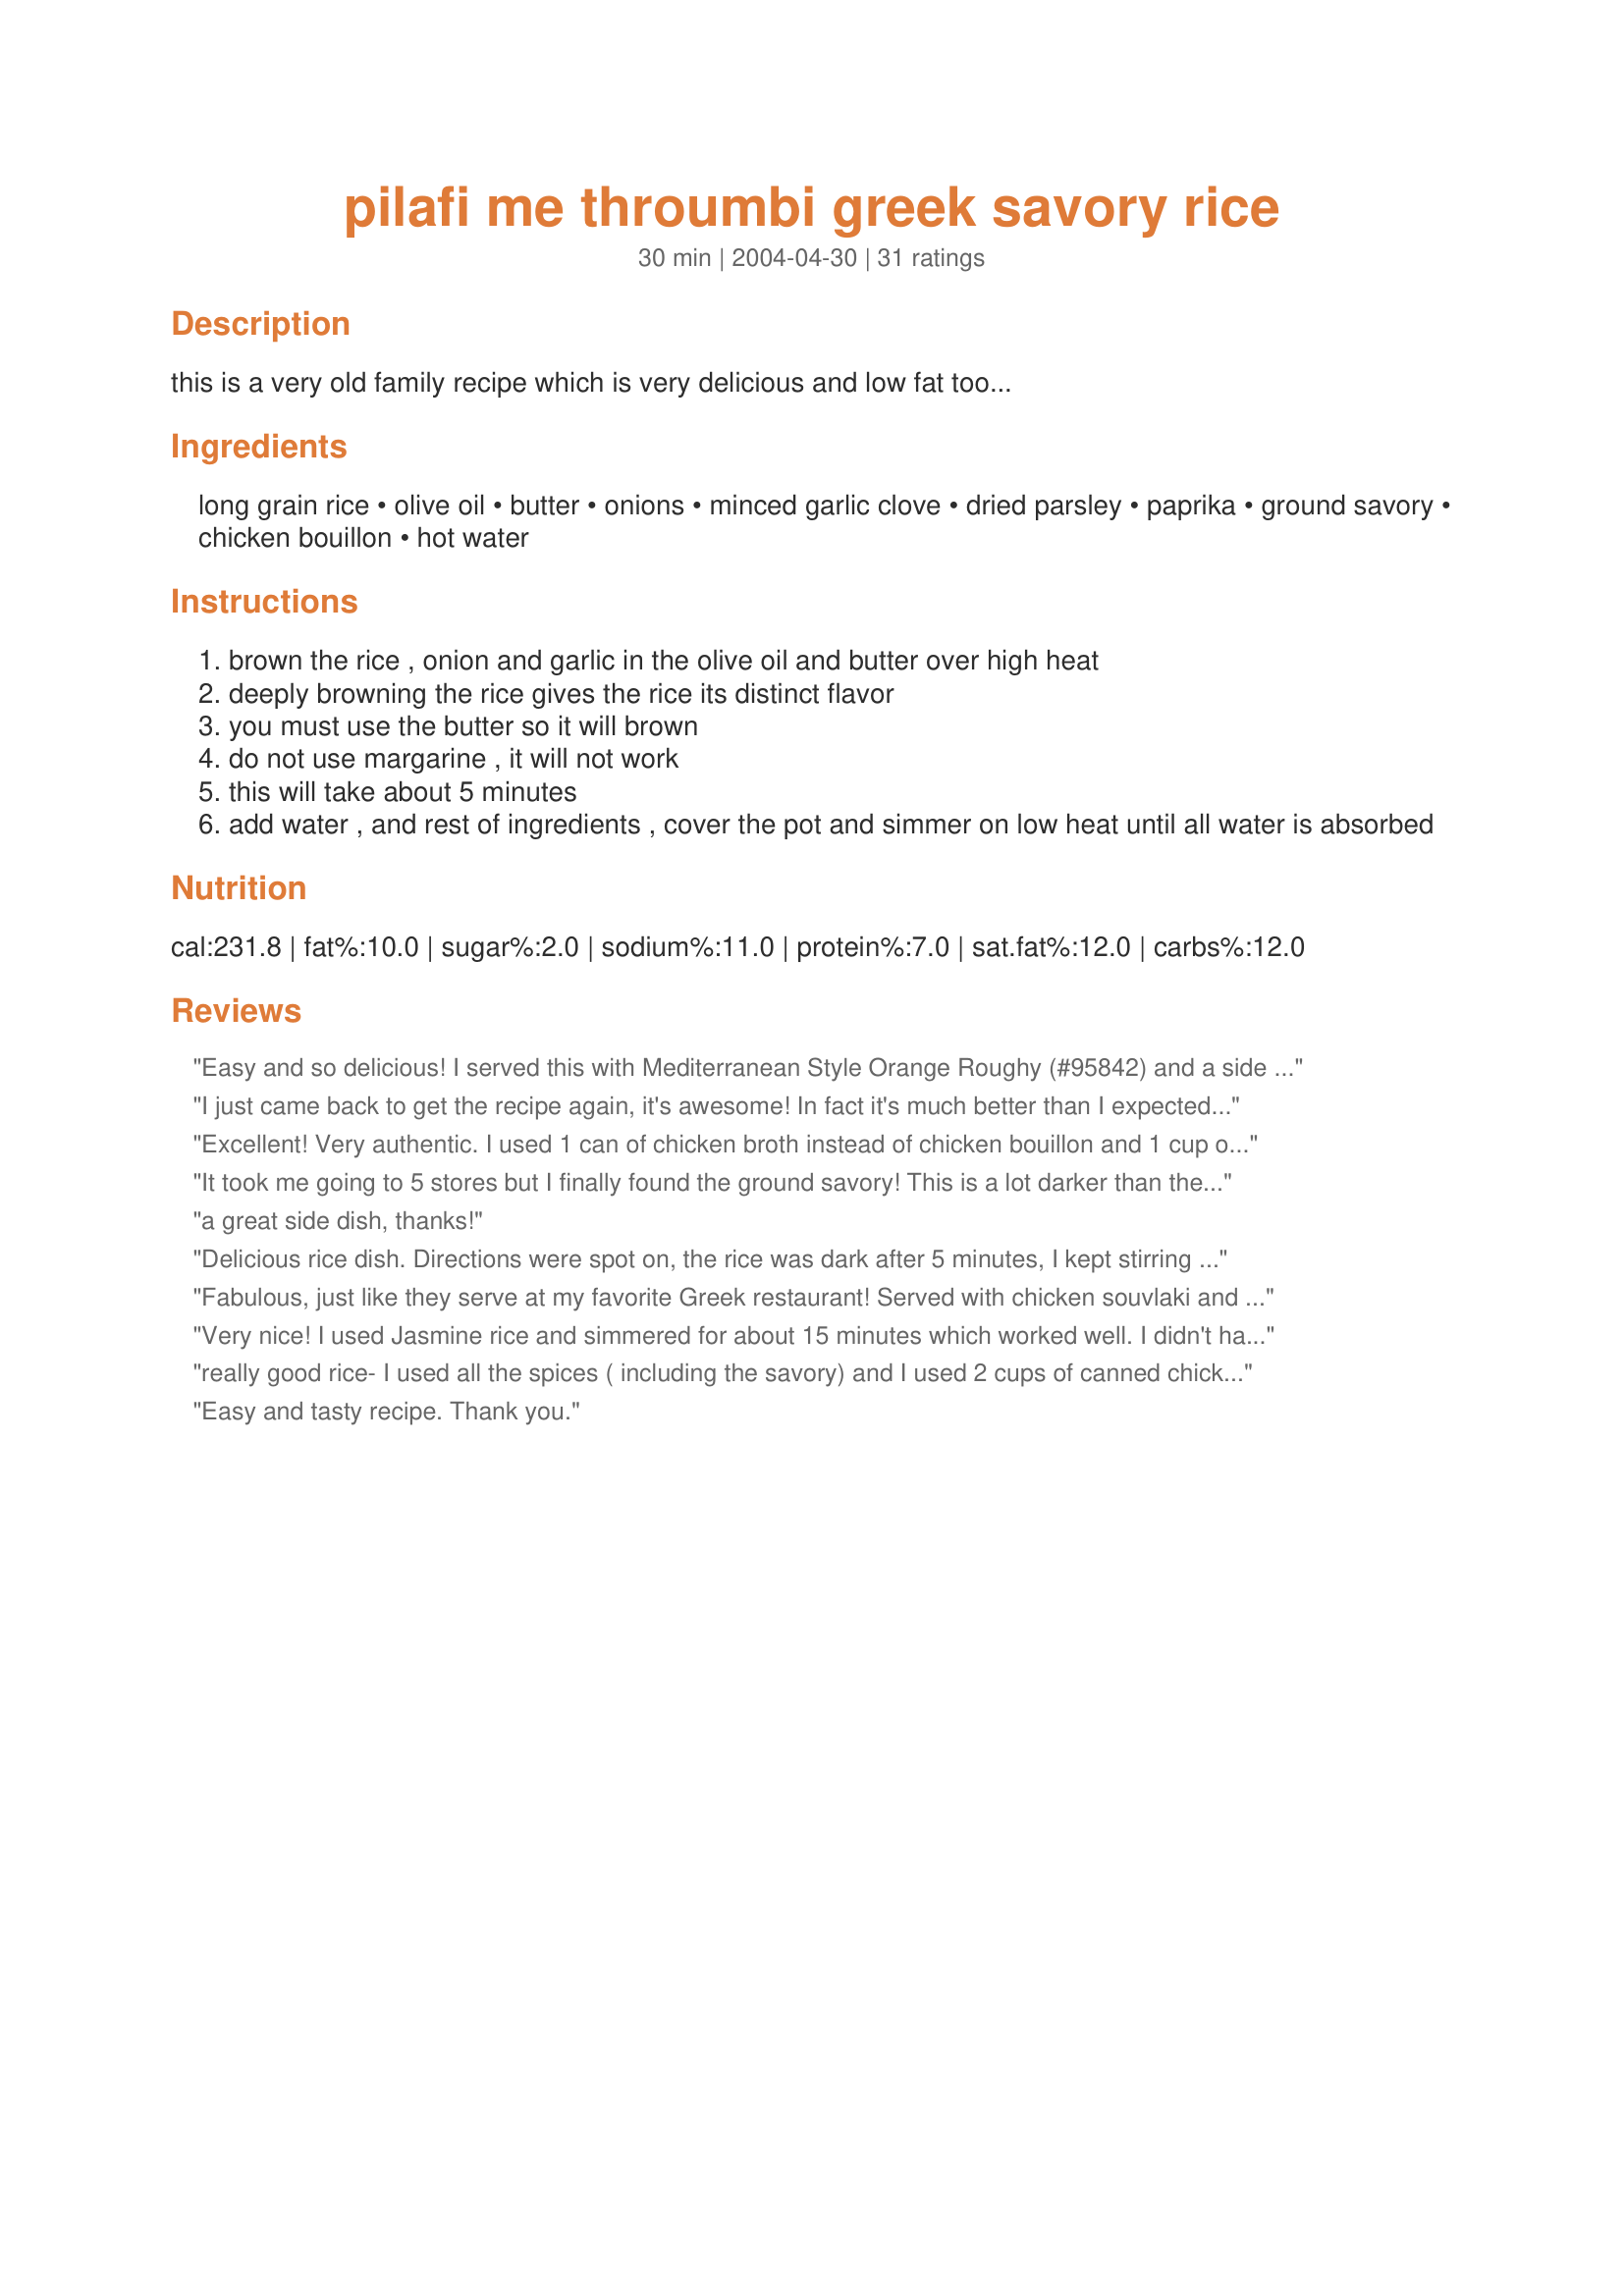
pilafi me throumbi greek savory rice
Preparation time: 30 minutes

this is a very old family recipe which is very delicious and low fat too...

Ingredients:
long grain rice, olive oil, butter, onions, minced garlic clove, dried parsley, paprika, ground savory, chicken bouillon, hot water

Steps:
brown the rice , onion and garlic in the olive oil and butter over high heat
deeply browning the rice gives the rice its distinct flavor
you must use the butter so it will brown
do not use margarine , it will not work
this will take about 5 minutes
add water , and rest of ingredients , cover the pot and simmer on low heat until all water is absorbed

Reviews:
Easy and so delicious! I served this with Mediterranean Style Orange Roughy (#95842) and a side salad. Thanks for the wonderful recipe, Anthony!
I just came back to get the recipe again, it's awesome! In fact it's much better than I expected; the browning really does develop the flavor of this dish so don't skip that step. I didn't have savory when I first made this so I used thyme instead and it was still awesome, I first served this along side some home made gyros. Thanks for sharing Anthony!
Excellent! Very authentic. I used 1 can of chicken broth instead of chicken bouillon and 1 cup of water instead of 2 cups of water. Didn't have ground savory, so didn't add that. I too thought the rice was going to be too brown or even burnt (browning for 5 min), but when your all done, rice isn't brown at all (browning gets absorbed with liquid, as he says, just for flavour) Turned out just delicious! Thanks Anthony for such an easy tasty recipe!
It took me going to 5 stores but I finally found the ground savory! This is a lot darker than the Greek rice I am usually served at Greek restaurants and doesnâ€™t taste exactly the same but the flavor was delicious. I will definitely make this again.
a great side dish, thanks!
Delicious rice dish. Directions were spot on, the rice was dark after 5 minutes, I kept stirring it the whole time, afraid it would burn. Cannot buy Goya here in the Netherlands and contacted Anthony for ideas what to use as a sub. I used half a chicken stock cube as he suggested.
Thanks for another very good recipe!!
Fabulous, just like they serve at my favorite Greek restaurant! Served with chicken souvlaki and grated sauteed zucchini. Was a little nervous browning over high heat, smelled like burned popcorn and smoked up the kitchen a little. (Still learning how to use an electric stove vs a gas stove ahahah) Only thing I did different was add a tbsp of olive oil after it was cooked to give it more of the consistency I am used to at the restaurant. Thank you for sharing!
Very nice! I used Jasmine rice and simmered for about 15 minutes which worked well. I didn't have the savory but will try it with it next time.
really good rice- I used all the spices ( including the savory) and I used 2 cups of canned chicken broth instead of the water/boullion-I served this with a Rib Roast.
Thanks for the tasty , albeit a liitle different, recipe.
Easy and tasty recipe. Thank you.
This is the best Greek rice dish recipe that I&#039;ve found! My husband and daughter love it with chicken souvlaki and lemon potatoes!
Excellent! Just like at a restaurant, but I'm sure with less additives (i.e. salt). Don;t be afraid pf the popping/browning rice, it is definately worth it!
This dish turned out light and fluffy with nice nutty flavor. I used all chicken stock and through in a bullion for luck;) I added fresh parsley at the end, but forgot the paprika which I will do next time. Everyone enjoyed it and my DH said he hasnâ€™t tasted rice like this since his Yia Yia(Greek Grandma) made it years ago. I know I will be making this again & again.
We used organic vegetable stock. We also added some salt and lemon juice. Will definitely make this one again.
This is definitely much tastier the next day when all the flavors have a chance to fully absorb into the rice. My only change was to add a little extra garlic and some lemon juice.
my sister use to make this receipe and it is delicious. i too have made it several times.
i make this almost weekly! great hit, everyone loves it! thank you so much!
I used 1 tablespoon dried minced onions, which I think if I do that again I would put it in after the liquids, they browned a bit too much. I loved the nutty taste of the rice; Iâ€™ll definitely make again.
Really good rice. Didn't change a thing. Thanks
Just what I needed to go with feta chicken and a Greek salad. Very good!
This was a very good rice dish. I didn't get the Greek part of it, it just tasted like good rice. But I can't say that I know what Greek Rice SHOULD taste like. In any case, this would go well with any dish. I served it with Greek Seafood Skewers and it was great!
Wonderfully flavorful without being overwhelming! This was a great accompaniment to Greek Chicken (#9249
), Baklava Salmon (#108775
), and Kittencal's Famous Greek Salad (#66596 ).
Everyone in the family enjoyed this rice, we will be adding this to our list of regulars for sure. The only thing I may do different is add some toasted pine nuts. I browned the rice then added all ingredients to my rice cooker. Oh, I had to use thyme also as I do not have any savory.
My hubby and I loved it! My kiddos all enjoyed it as well. I did not have any savory, so I used a little thyme and sage mixed instead. I did think that it needed a tiny bit of salt, so I added that. My husband enjoyed it so much that he barely touched the chicken we had with it, and at more rice! Thanks!
Delish! Reminded me of a dish I had in a greek restaurant years ago. I, too, subbed broth for the bouillon and water, and thyme for savory. My two boys, who only like white rice and soy sauce, devoured this!
We used brown long grain rice and chicken stock. Enjoyed by all
Very good side dish, served with roast lamb. I did have to make a couple of changes, I used a can of chicken stock instead of Goya, and I didn't have any Savoury, so I tried Thyme, which was lovely. This is quick and easy, nice change to plain rice.
I've only made once so far, but this is by far the best flavored rice recipe I've found. My daughter, the Rice Queen, especially liked it. I didn't have savory so I used thyme. Thanks Anthony.
I tried this after my sister made if for me and loved it! I don't have the savory so I left it out and I didn't have the bouillon so I used chicken broth instead of water and my whole family loved it. The first time I made it I was afraid of burning the rice, the second time I let it brown way more and it was even better!
An easy, tasty side dish! I loved it and will be making this again!
Mmmm, very good! I didn't have any parsley, so skipped that. Added instead one rib of celery, finely chopped, with the onions, garlic, and rice. Served with marinated pork skewers, steamed green beans, and a spinach salad. Thanks for sharing your family recipe with us!
